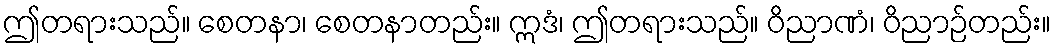
ဤတရားသည်။ စေတနာ၊ စေတနာတည်း။ ဣဒံ၊ ဤတရားသည်။ ဝိညာဏံ၊ ဝိညာဉ်တည်း။